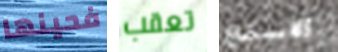
فحينها تعقب الاستماع